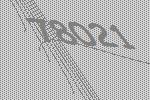
78021